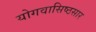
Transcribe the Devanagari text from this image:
योगवासिष्ठसार